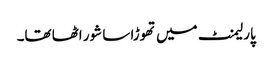
پارلیمنٹ میں تھوڑا سا شور اٹھا تھا۔